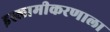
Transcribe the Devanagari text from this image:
इस्लामीकरणाला